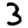
Digit: 3